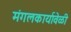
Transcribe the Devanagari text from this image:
मंगलकार्यावेळी